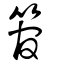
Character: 管